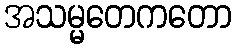
အသမ္မတေကတော